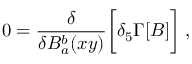
0 = { \frac { \delta } { \delta B _ { a } ^ { b } ( x y ) } } \bigg [ \delta _ { 5 } \Gamma [ B ] \bigg ] \; ,